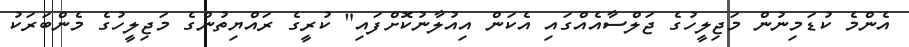
އެންމެ ކުޑަމިނުން މަޖިލީހުގެ ޖަލްސާއެއްގައި އެކަން އިއުލާނުކޮށްފައި" ކުރީގެ ރައްޔިތުންގެ މަޖިލީހުގެ މެންބަރަކު